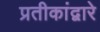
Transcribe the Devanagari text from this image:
प्रतीकांद्वारे